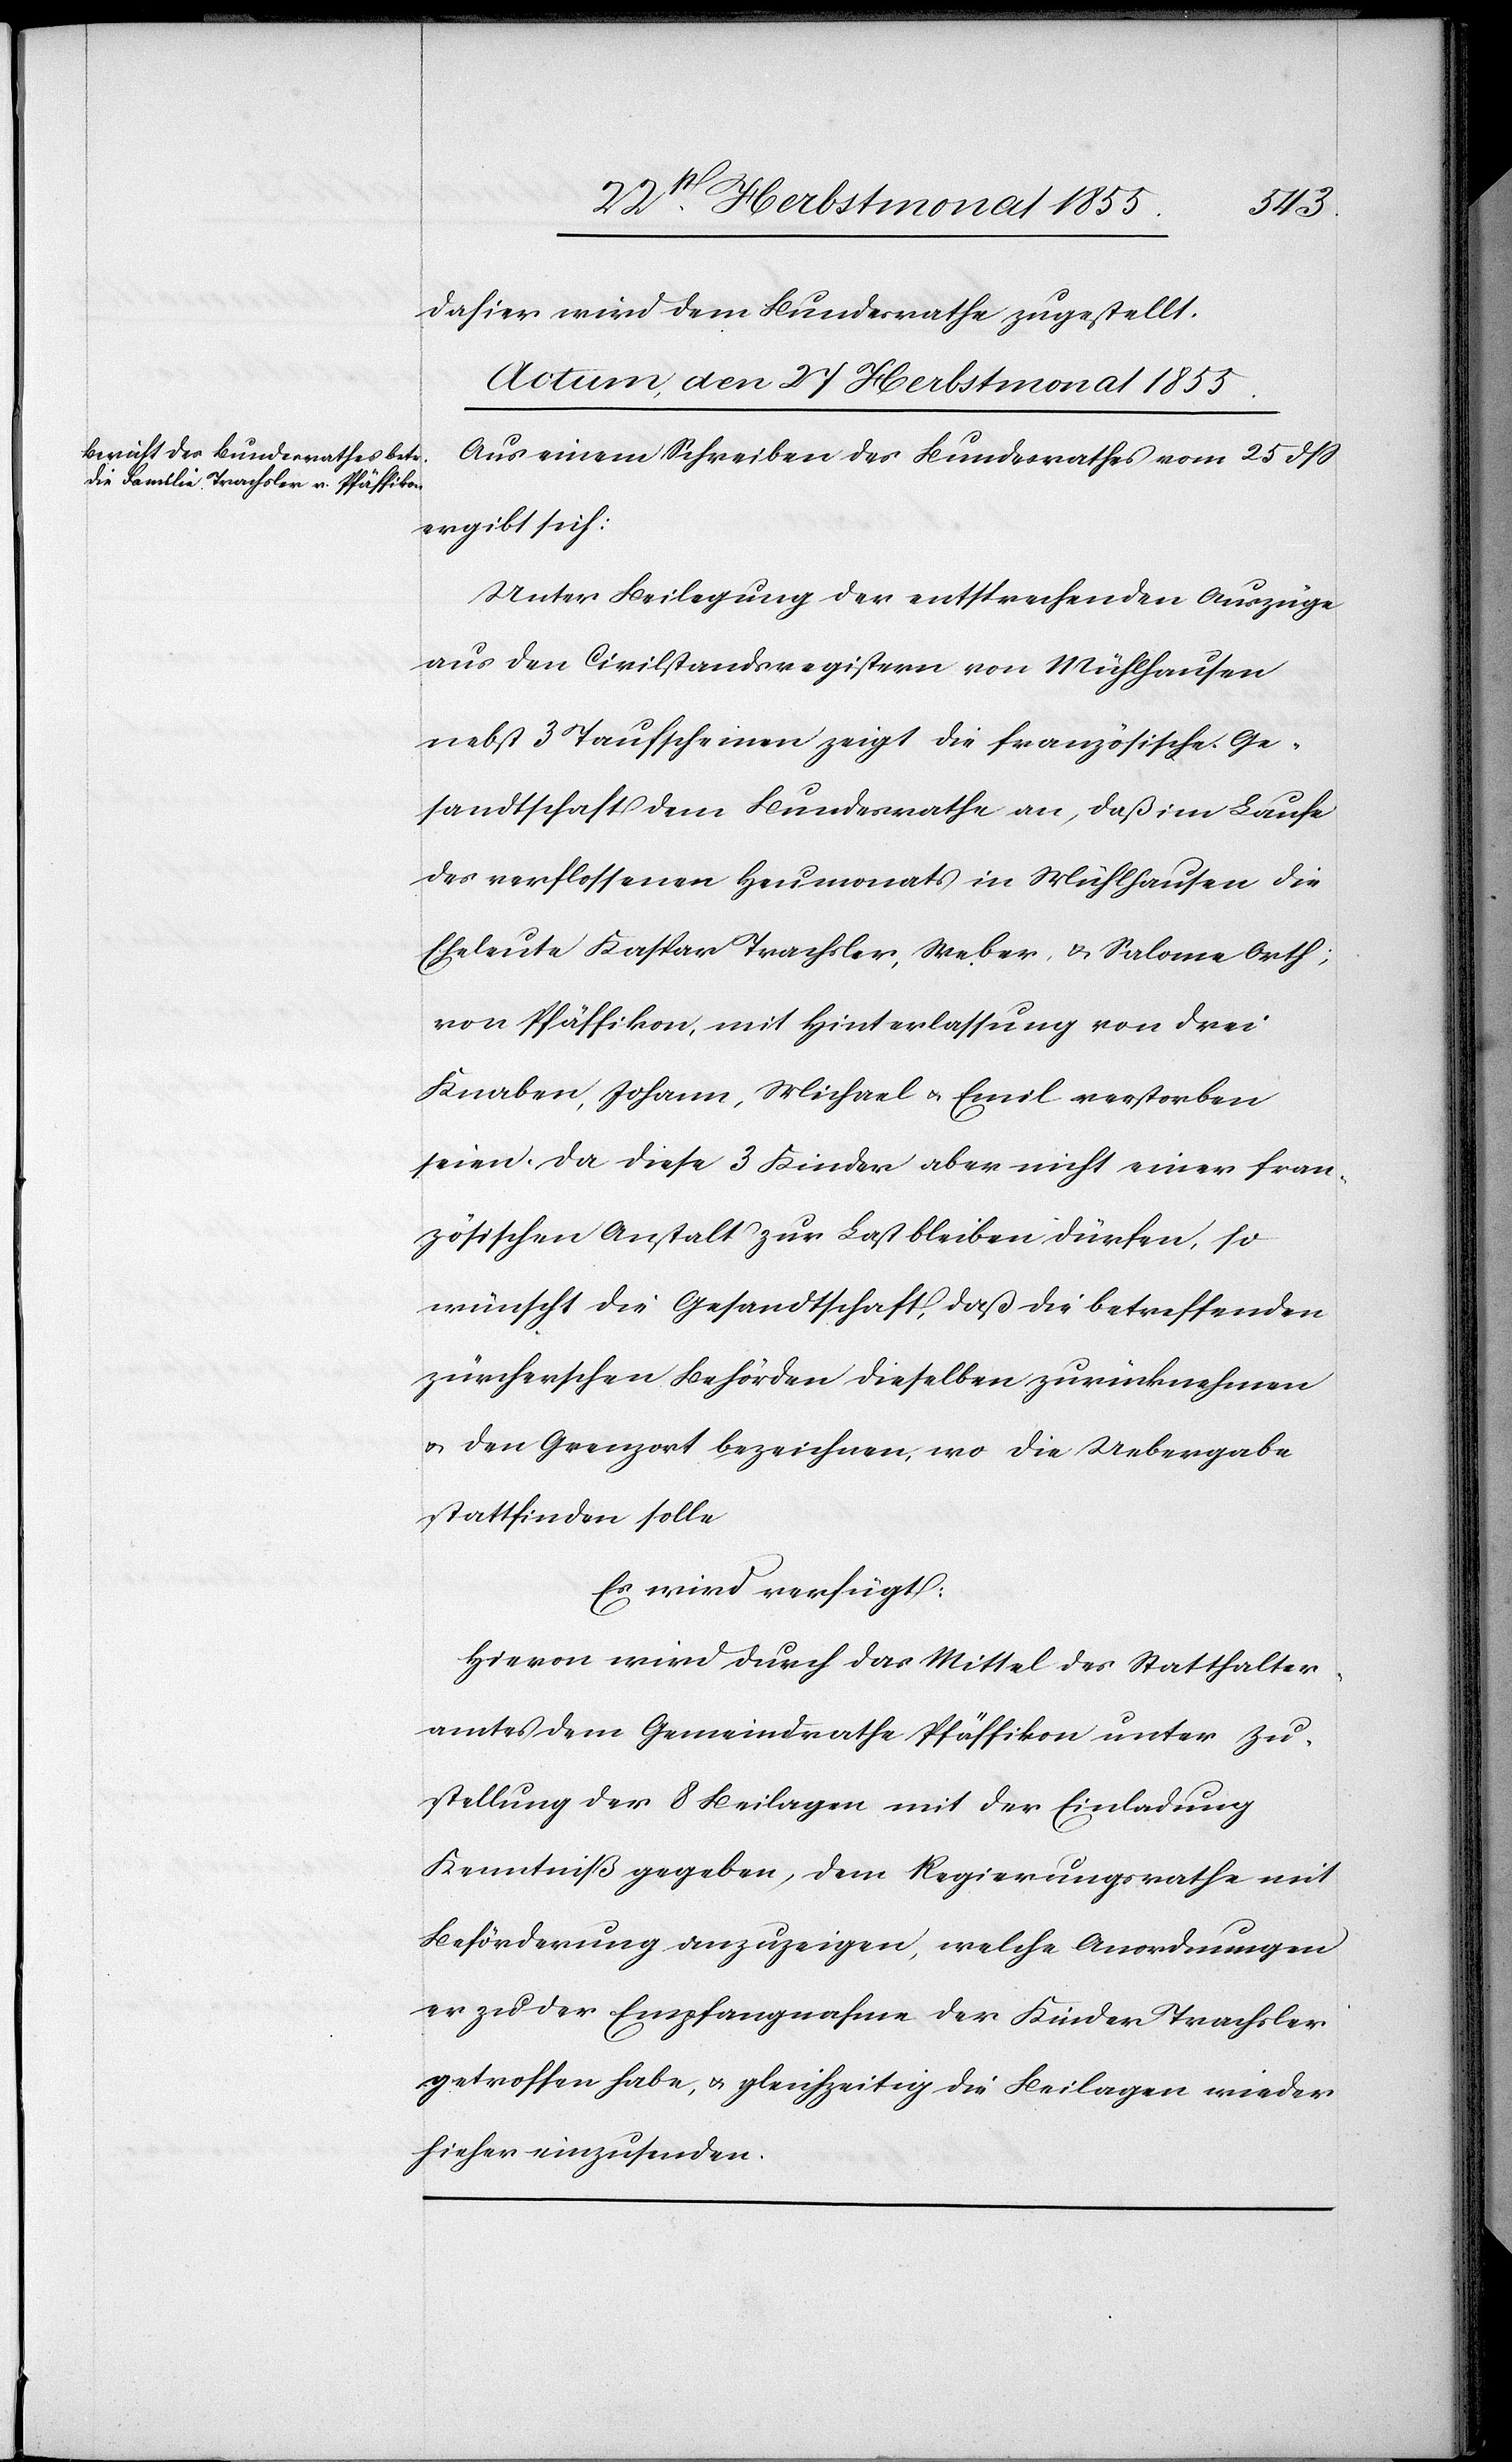
dahier wird dem Bundesrathe zugestellt.
Actum, den 27 Herbstmonat 1855.
Aus einem Schreiben des Bundesrathes vom 25 dss
ergibt sich:
Unter Beilegung der entsprechenden Auszüge
aus den Civilstandsregistern von Mühlhausen
nebst 3 Taufscheinen zeigt die französische Ge¬
sandtschaft dem Bundesrathe an, daß im Laufe
des verflossenen Heumonats in Mühlhausen die
Eheleute Kaspar Trachsler, Weber, & Salome Orth;
von Pfäffikon, mit Hinterlassung von drei
Knaben, Johann, Michael & Emil verstorben
seien. Da diese 3 Kinder aber nicht einer fran¬
zösischen Anstalt zur Last bleiben dürfen, so
wünscht die Gesandtschaft, daß die betreffenden
zürcherschen Behörden dieselben zurücknehmen
& den Grenzort bezeichnen, wo die Uebergabe
stattfinden solle
Es wird verfügt:
Hievon wird durch das Mittel des Statthalter¬
amtes dem Gemeindrathe Pfäffikon unter Zu¬
stellung der 8 Beilagen mit der Einladung
Kenntniß gegeben, dem Regierungsrathe mit
Beförderung anzuzeigen, welche Anordnungen
er zu der Empfangnahme der Kinder Trachsler
getroffen habe, & gleichzeitig die Beilagen wieder
hieher einzusenden.